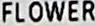
FLOWER